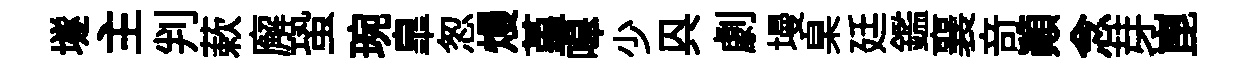
𡑞主判蔌廨蛩琬臯怱熳堇嗥少㒷劇墁臬廷鑑襄竒顚念芽崑